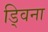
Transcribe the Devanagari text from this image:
ड्विना